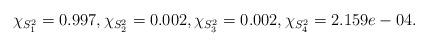
LaTeX: \begin{align*}\chi_{S^2_1} = 0.997, \chi_{S^2_2} = 0.002, \chi_{S^2_3}= 0.002, \chi_{S^2_4} = 2.159e-04.\end{align*}